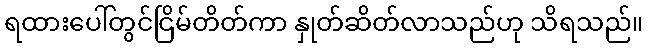
ရထားပေါ်တွင်ငြိမ်တိတ်ကာ နှုတ်ဆိတ်လာသည်ဟု သိရသည်။